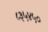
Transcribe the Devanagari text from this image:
८३५४५०